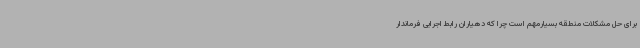
برای حل مشکلات منطقه بسیارمهم است چرا که دهیاران رابط اجرایی فرماندار